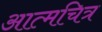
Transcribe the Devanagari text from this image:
आत्मचित्र